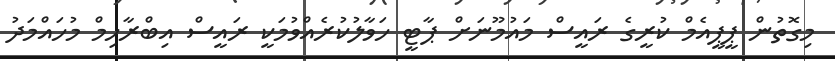
މިގޮތުން ޕީޕީއެމް ކުރީގެ ރައީސް މައުމޫނަށް ޕާޓީ ހަވާލުކުރެއްވުމަކީ ރައީސް އިބްރާހިމް މުހައްމަދު